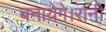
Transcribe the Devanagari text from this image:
बनायेगे।रानी